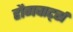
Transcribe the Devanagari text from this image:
हौगवार्ट्स